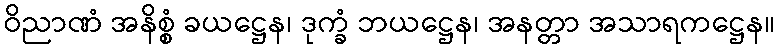
ဝိညာဏံ အနိစ္စံ ခယဋ္ဌေန၊ ဒုက္ခံ ဘယဋ္ဌေန၊ အနတ္တာ အသာရကဋ္ဌေန။